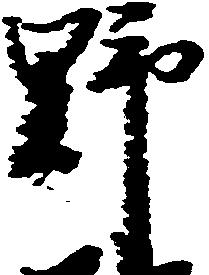
野